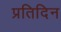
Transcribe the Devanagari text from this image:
प्रतिदिन